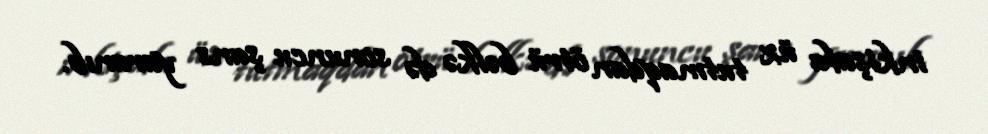
inkişafa üz tutmaqdan ötrü bəlkə də sonuncu şans yaranıb.